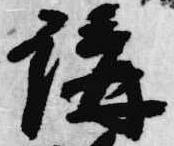
講